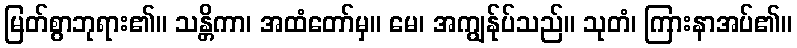
မြတ်စွာဘုရား၏။ သန္တိကာ၊ အထံတော်မှ။ မေ၊ အကျွန်ုပ်သည်။ သုတံ၊ ကြားနာအပ်၏။